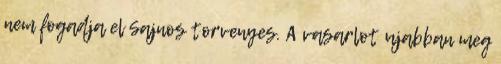
nem fogadja el Sajnos torvenyes. A vasarlot ujabban meg